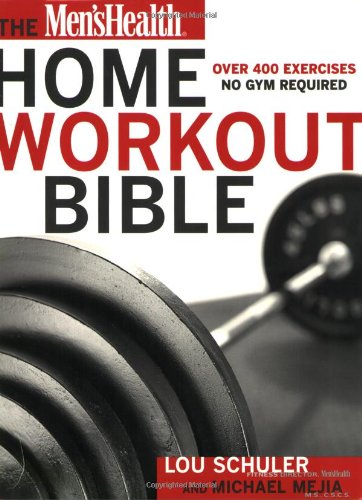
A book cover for Men's Health Home Workout Bible:; Lou Schuler; Health, Fitness & Dieting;